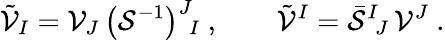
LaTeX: \tilde{\cal V}_{I}={\cal V}_{J}\, \big({\cal S}^{-1}\big)^{J}{}_{\! I}\ ,\qquad\tilde{\cal V}^{I}=\bar{\cal S}^{I}{}_{\! J}\, {\cal V}^{J}\ .